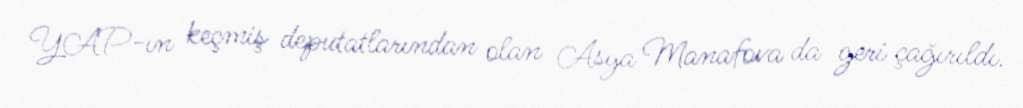
YAP-ın keçmiş deputatlarından olan Asya Manafova da geri çağırıldı.